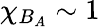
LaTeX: \chi_{B_{A}}\sim 1